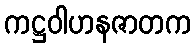
ကဋ္ဌဝါဟနဇာတက